Language: tamil
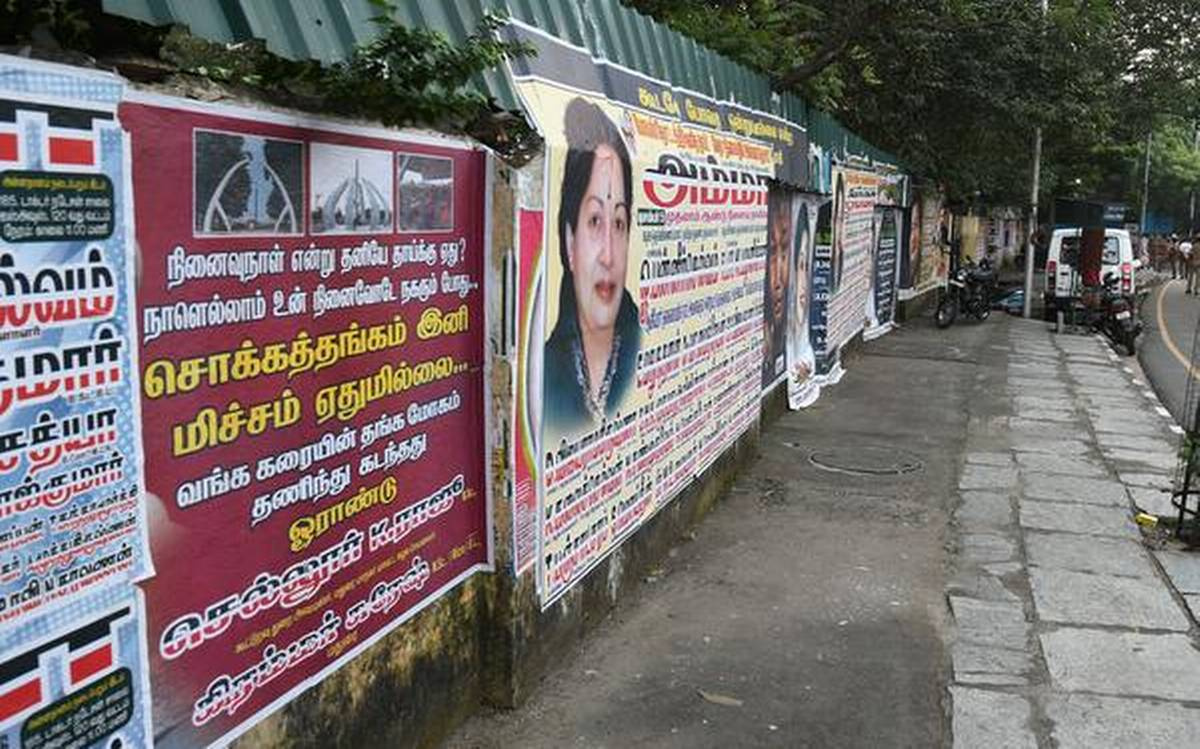
Transcription: நினைவுநாள் என்று நாளெல்லாம் உன் சொக்கத்தங்கம் இனி ஏதுமில்லை குமாா் வங்க தங்க தணிந்து கரையின் ஓராண்டு கடந்தது மிச்சம்